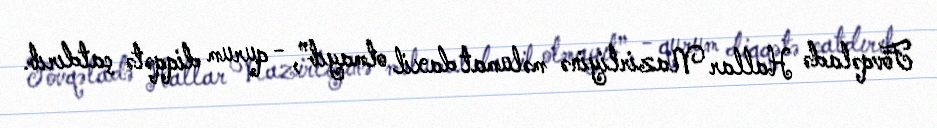
Fövqəladə Hallar Nazirliyinə məlumat daxil olmayıb”, - qurum diqqətə çatdırıb.